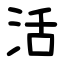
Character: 活